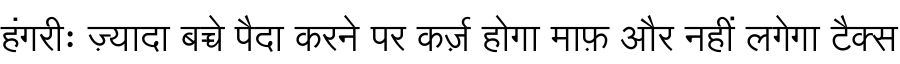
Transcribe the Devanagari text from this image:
हंगरीः ज़्यादा बच्चे पैदा करने पर कर्ज़ होगा माफ़ और नहीं लगेगा टैक्स